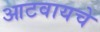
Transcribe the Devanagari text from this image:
आटवायचे